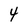
Character: 4